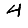
Digit: 4